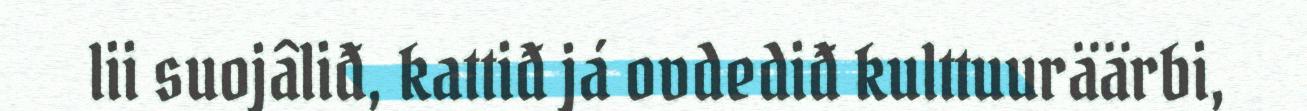
lii suojâliđ, kattiđ já ovdediđ kulttuuräärbi,